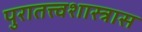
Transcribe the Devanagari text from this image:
पुरातत्त्वशास्त्रास